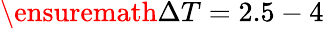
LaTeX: {\ensuremath{\Delta T}=2.5-4}